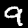
Label: 9